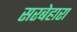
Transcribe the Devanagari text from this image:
सरबेहारा